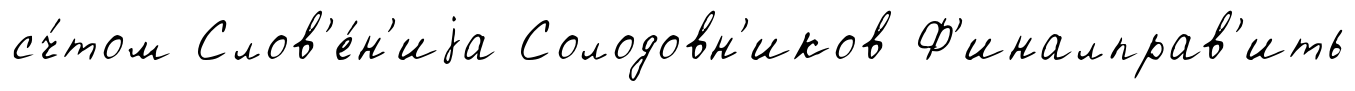
сч́том Слов'е́н'иjа Солодовн'иков Ф'иналправ'ить